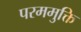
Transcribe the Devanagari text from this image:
परममुक्ति